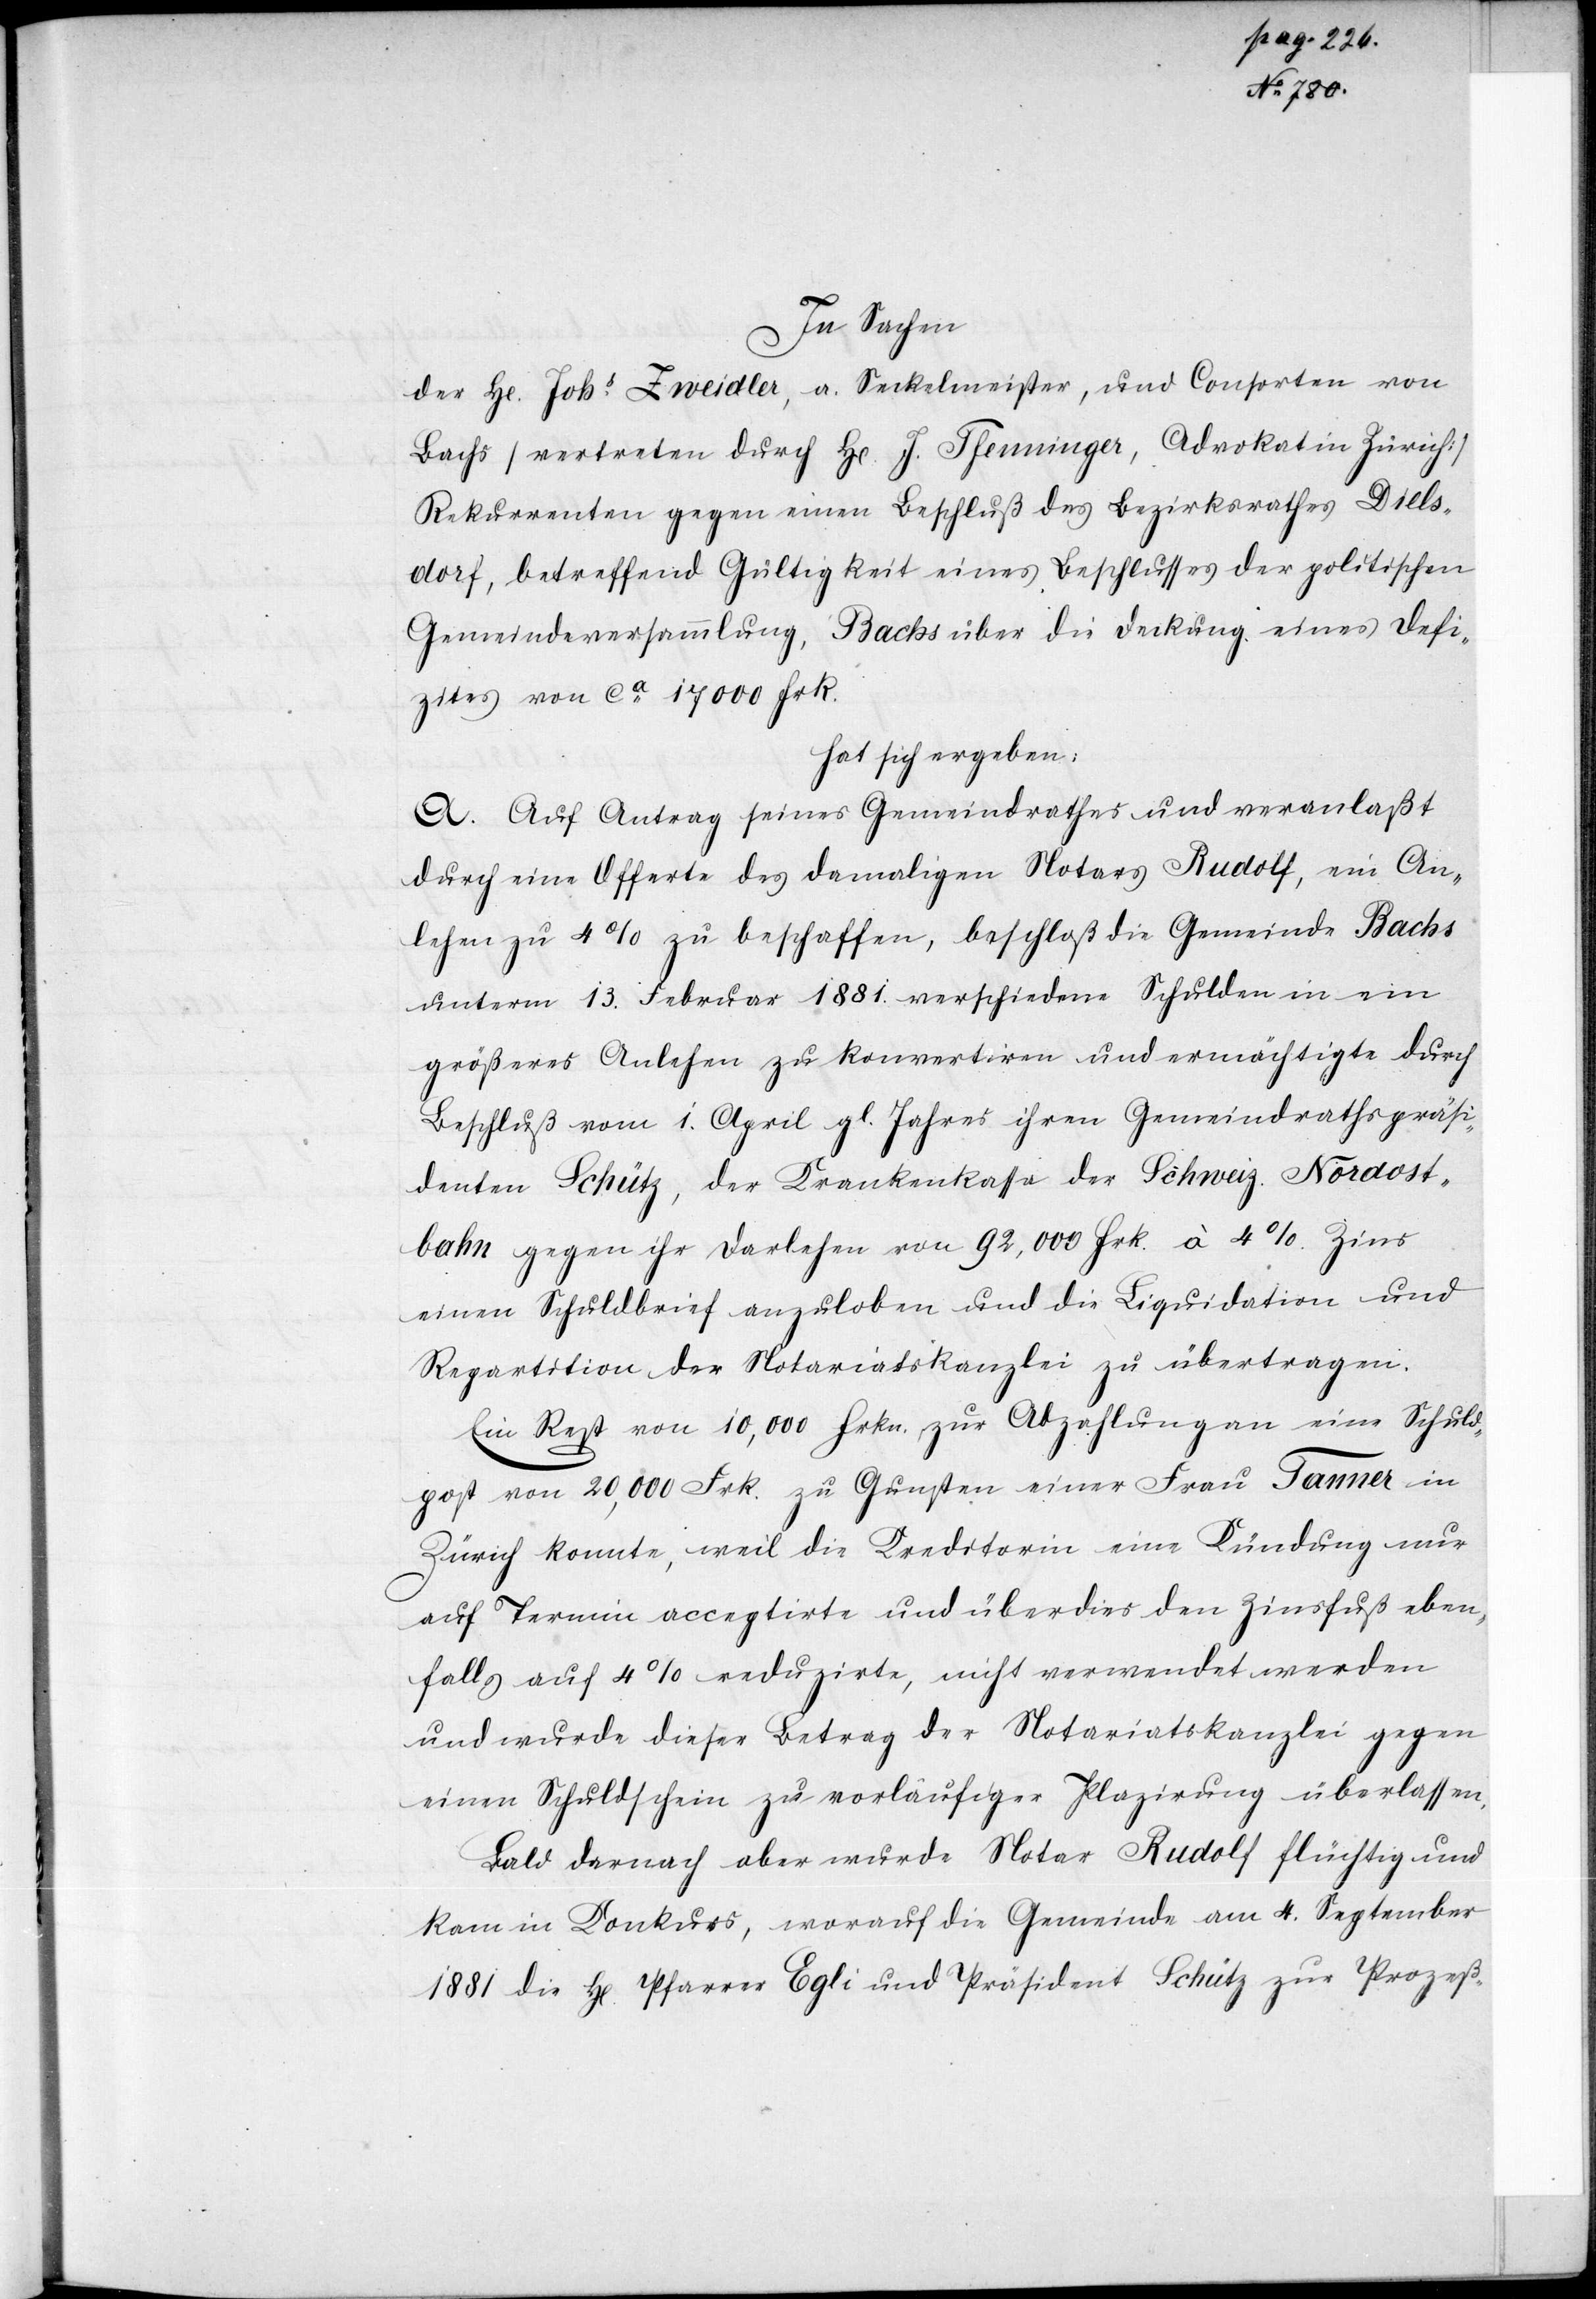
Febr. & 23.
der sich
hat sich ergeben: